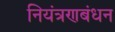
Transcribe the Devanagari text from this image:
नियंत्रणबंधन